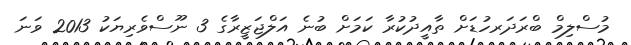
މުސްލިމް ބްރަދަރހުޑަށް ތާއީދުކުރާ ކަމަށް ބުނެ އަލްޖަޒީރާގެ 3 ނޫސްވެރިޔަކު 2013 ވަނަ